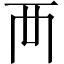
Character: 襾